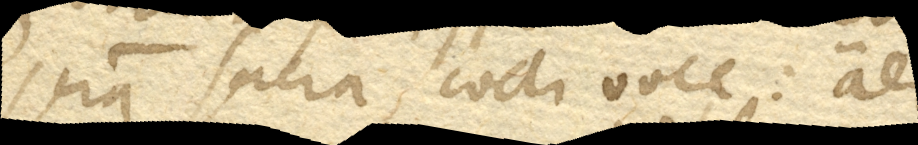
scriptura sacra coeli voce: aer.